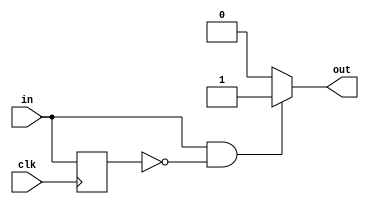
/*
   This file was generated automatically by the Mojo IDE version B1.3.6.
   Do not edit this file directly. Instead edit the original Lucid source.
   This is a temporary file and any changes made to it will be destroyed.
*/

/*
   Parameters:
     RISE = 1
     FALL = 0
*/
module edge_detector_2 (
    input clk,
    input in,
    output reg out
  );
  
  localparam RISE = 1'h1;
  localparam FALL = 1'h0;
  
  
  reg M_last_d, M_last_q = 1'h0;
  
  always @* begin
    M_last_d = M_last_q;
    
    out = 1'h0;
    M_last_d = in;
    if (1'h1) begin
      if (in == 1'h1 && M_last_q == 1'h0) begin
        out = 1'h1;
      end
    end
    if (1'h0) begin
      if (in == 1'h0 && M_last_q == 1'h1) begin
        out = 1'h1;
      end
    end
  end
  
  always @(posedge clk) begin
    M_last_q <= M_last_d;
  end
  
endmodule